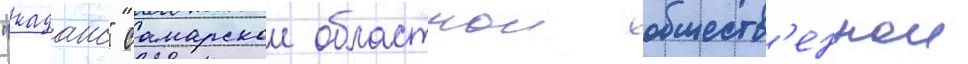
"каданс" самарскои областнои обществ'еннои